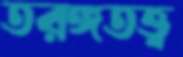
তরঙ্গতত্ত্ব